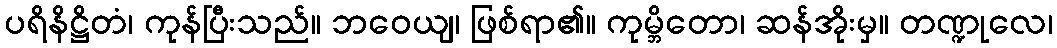
ပရိနိဋ္ဌိတံ၊ ကုန်ပြီးသည်။ ဘဝေယျ၊ ဖြစ်ရာ၏။ ကုမ္ဘိတော၊ ဆန်အိုးမှ။ တဏ္ဍုလေ၊